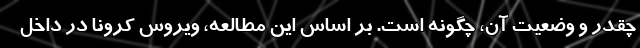
چقدر و وضعیت آن، چگونه است. بر اساس این مطالعه، ویروس کرونا در داخل